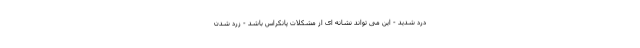
درد شدید - این می تواند نشانه ای از مشکلات پانکراس باشد - زرد شدن